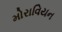
મોરાવિયન